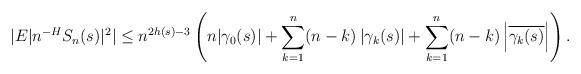
LaTeX: \begin{align*}|E|n^{-H}S_{n}(s)|^2|\leq n^{2h(s)-3}\left( n|\gamma_{0}(s)|+\sum_{k=1}^{n}(n-k)\left| \gamma_{k}(s)\right| +\sum_{k=1}^{n}(n-k)\left| \overline{\gamma_{k}(s)}\right| \right) .\end{align*}